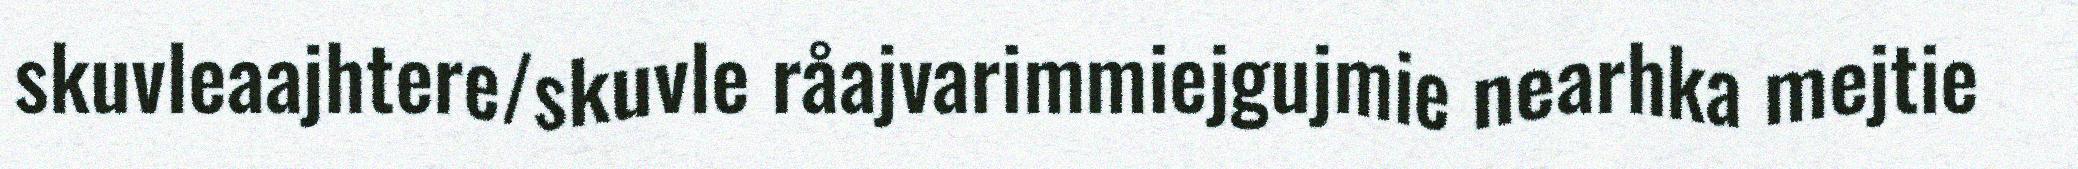
skuvleaajhtere/skuvle råajvarimmiejgujmie nearhka mejtie